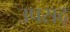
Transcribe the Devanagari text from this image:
उपसद्